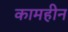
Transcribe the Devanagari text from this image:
कामहीन